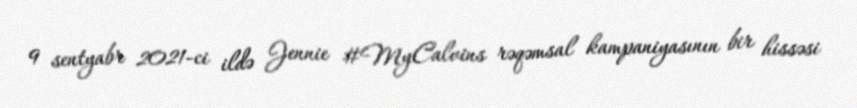
9 sentyabr 2021-ci ildə Jennie #MyCalvins rəqəmsal kampaniyasının bir hissəsi